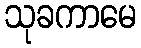
သုခကာမေ